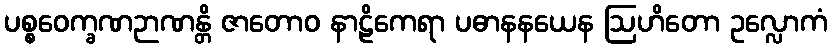
ပစ္စဝေက္ခဏဉာဏန္တိ ဇာတောဝ နာဠိကေရာ ပဓာနနယေန ဩဟိတော ဥလ္လောကံ